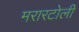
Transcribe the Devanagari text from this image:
मरारटोली